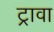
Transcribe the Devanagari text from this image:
ट्रावा